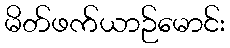
မိတ်ဖက်ယာဉ်မောင်း